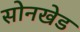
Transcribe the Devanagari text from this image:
सोनखेड